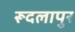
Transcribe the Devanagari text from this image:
रूदलापुर